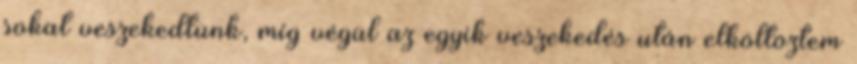
sokat veszekedtünk, míg végül az egyik veszekedés után elköltöztem